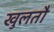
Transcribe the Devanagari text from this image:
खुलतौ